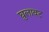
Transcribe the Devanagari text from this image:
घुलावट